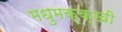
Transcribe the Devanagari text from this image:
मधुमक्क्खी